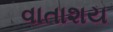
વાતાશય